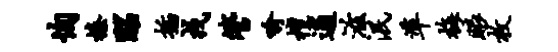
恂榛昭插戎管喻檀逋滋泯准梅眼枚